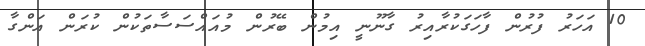
10 އަހަރު ފުރުން ފާހަގަކުރާއިރު ގާނޫނީ އިމުން ބޭރުން މުއައްސަަސާތަކުން ކުރަން އަންގާ